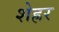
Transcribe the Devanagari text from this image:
शेह्रर